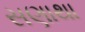
સણાથા